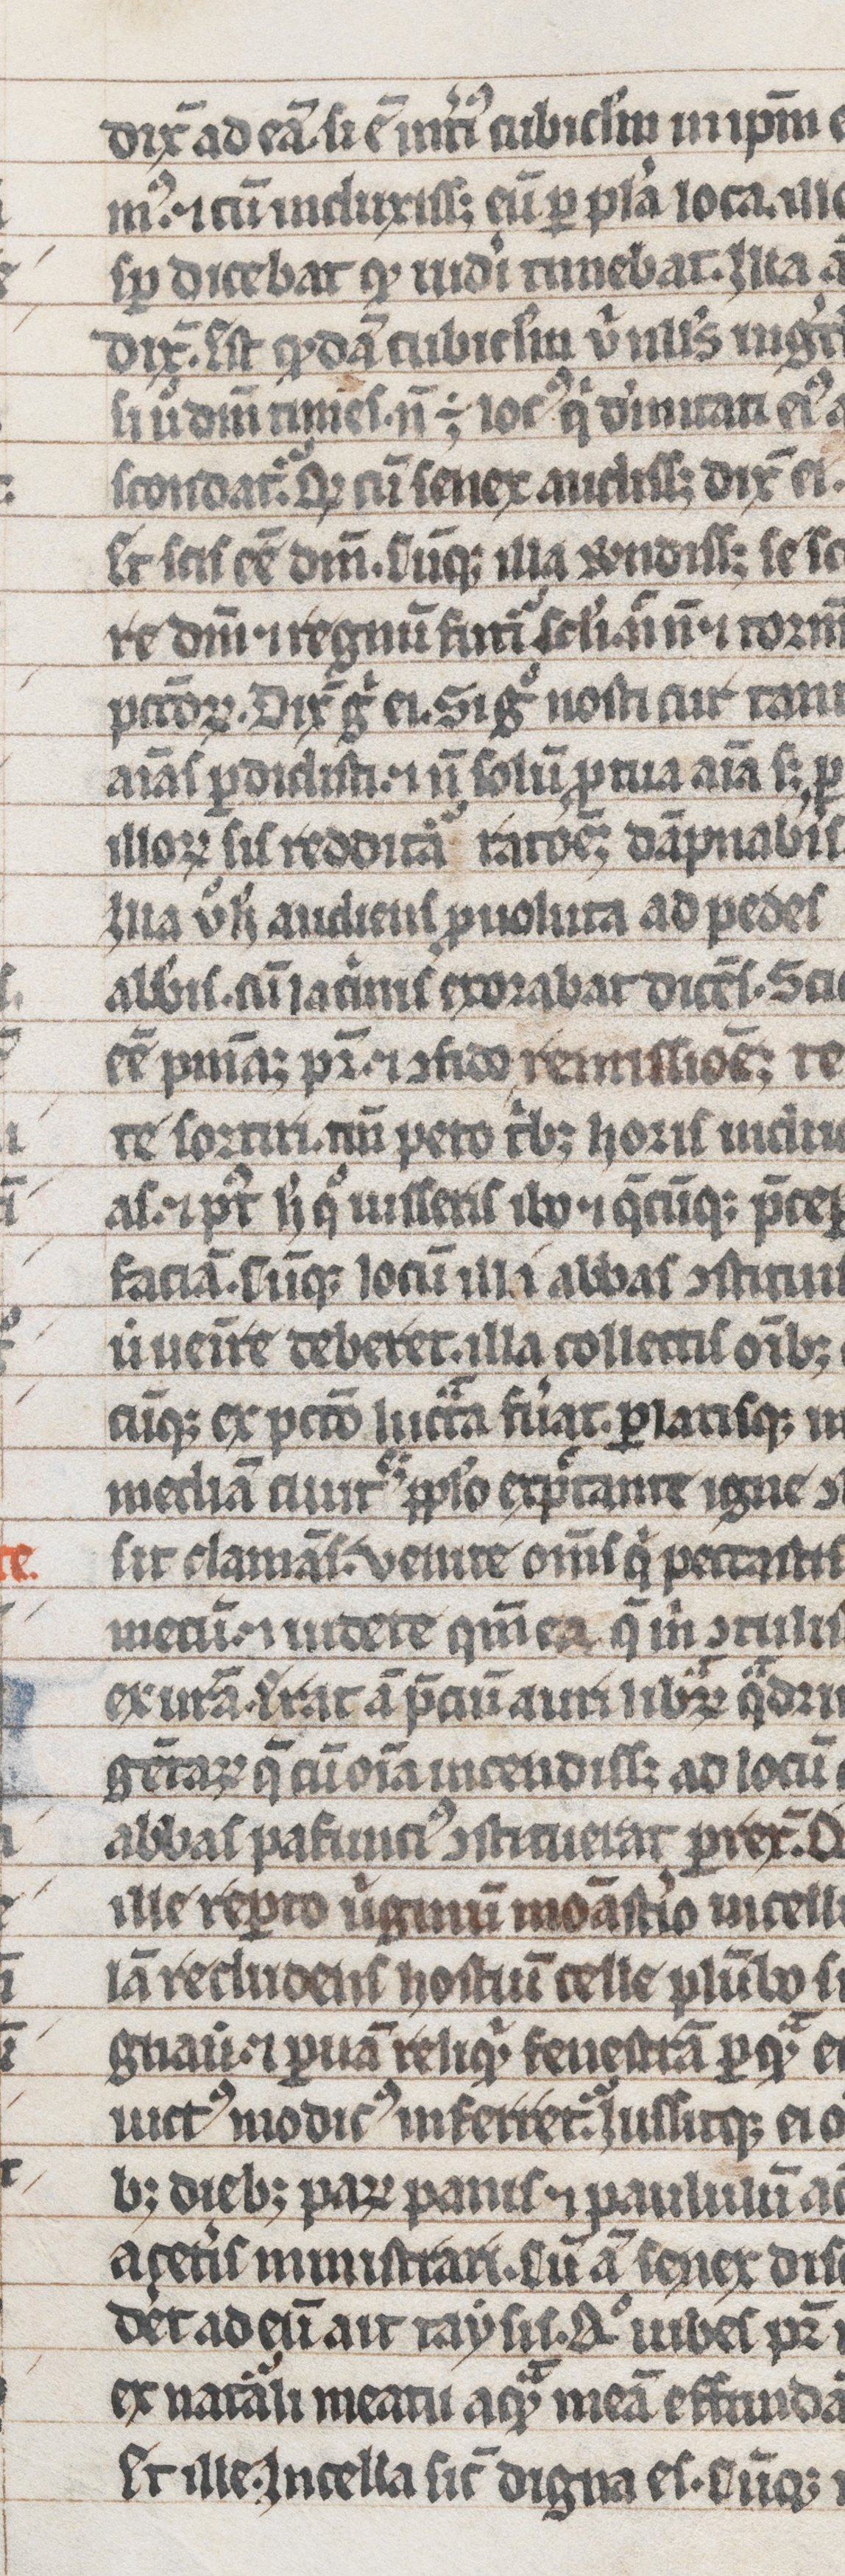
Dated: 1300–1399